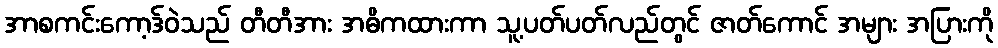
အာစကင်းကော့ဒ်ဝဲသည် တီတီအား အဓိကထားကာ သူ့ပတ်ပတ်လည်တွင် ဇာတ်ကောင် အများ အပြားကို